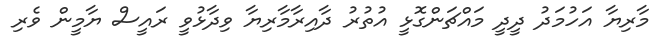
މާރިޔާ އަހުމަދު ދީދީ މައްޗަންގޮޅީ އުތުރު ދާއިރާމާރިޔާ ވިދާޅުވީ ރައީސް ޔާމީން ވެރި